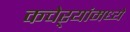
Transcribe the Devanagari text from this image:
कचेऱ्यांमध्ये